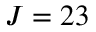
J = 2 3